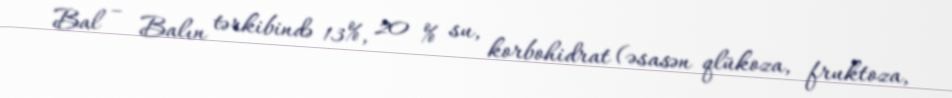
Bal – Balın tərkibində 13%, 20 % su, korbohidrat (əsasən qlükoza, fruktoza,